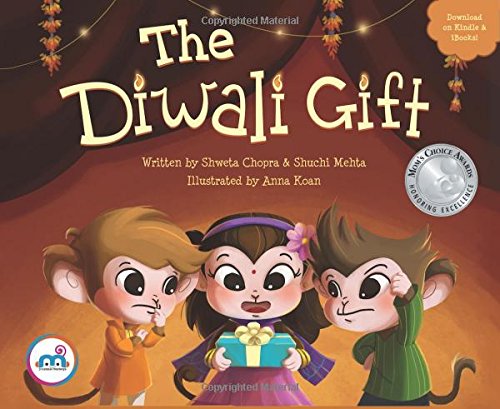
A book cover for The Diwali Gift; Shweta Chopra; Children's Books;